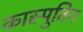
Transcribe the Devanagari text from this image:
कास्पुतिन